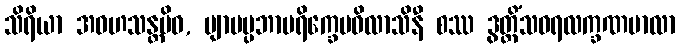
သိရိယာ အဝဟသန္တမိဝ, ဗျာမပ္ပဘာပရိက္ခေပဝိလာသိနီ စဿ ဒွတ္တိံသဝရလက္ခဏမာလာ